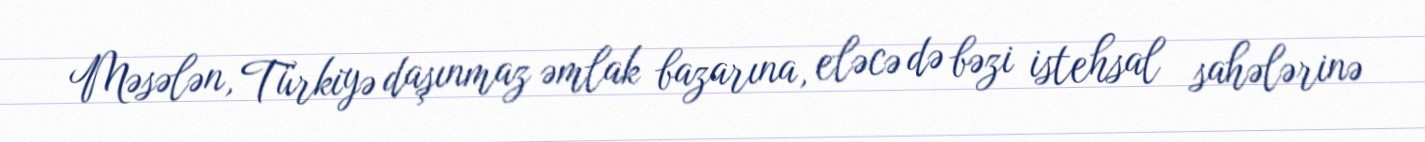
Məsələn, Türkiyə daşınmaz əmlak bazarına, eləcə də bəzi istehsal sahələrinə